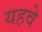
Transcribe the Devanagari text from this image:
यहवे